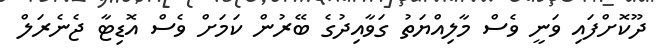
ދޫކޮށްފައި ވަނީ ވެސް މާލިއްޔަތު ގަވާއިދުގެ ބޭރުން ކަމަށް ވެސް އޮޑިޓާ ޖެނެރަލް